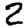
Digit: 2